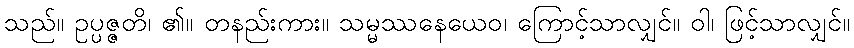
သည်။ ဥပ္ပဇ္ဇတိ၊ ၏။ တနည်းကား။ သမ္မဿနေယေဝ၊ ကြောင့်သာလျှင်။ ဝါ၊ ဖြင့်သာလျှင်။